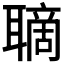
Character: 𦗑